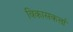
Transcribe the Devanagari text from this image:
विकासकर्त्ता